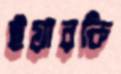
ইয়ারকি